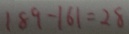
1 8 9 - 1 6 1 = 2 8